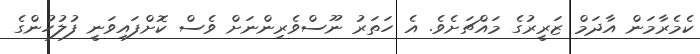
ކެމެރާމަން އާދަމް ޒަރީރުގެ މައްޗަށެވެ. އެ ހަތަރު ނޫސްވެރިންނަށް ވެސް ކޮށްފައިވަނީ ފުލުހުންގެ